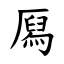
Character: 㕐